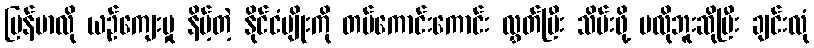
မြန်မာလို ယဉ်ကျေးမှု နိမ့်တဲ့ နိုင်ငံမျိုးကို တပ်ကောင်းကောင်း လွှတ်ပြီး သိမ်းဖို့ မလိုဘူးဆိုပြီး ချင်းလုံ